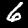
Label: 6